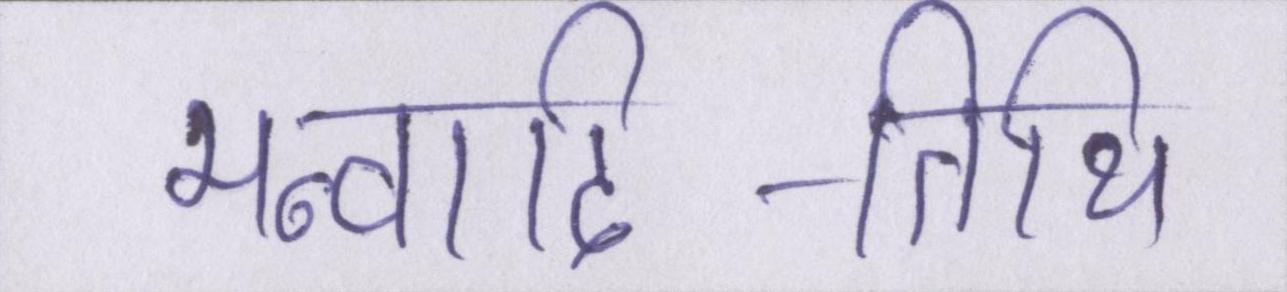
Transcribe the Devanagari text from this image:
मन्वादि-तिथि